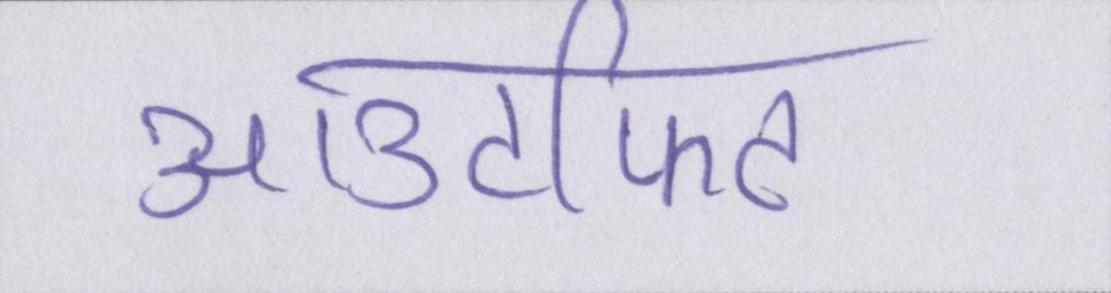
आउटफिट